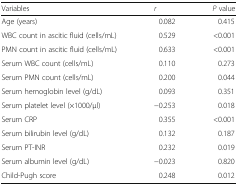
<table><thead><tr><td><b>Variables</b></td><td><b><i>r</i></b></td><td><b><i>P</i> value</b></td></tr></thead><tbody><tr><td>Age (years)</td><td>0.082</td><td>0.415</td></tr><tr><td>WBC count in ascitic fluid (cells/mL)</td><td>0.529</td><td>&lt;0.001</td></tr><tr><td>PMN count in ascitic fluid (cells/mL)</td><td>0.633</td><td>&lt;0.001</td></tr><tr><td>Serum WBC count (cells/mL)</td><td>0.110</td><td>0.273</td></tr><tr><td>Serum PMN count (cells/mL)</td><td>0.200</td><td>0.044</td></tr><tr><td>Serum hemoglobin level (g/dL)</td><td>0.093</td><td>0.351</td></tr><tr><td>Serum platelet level (×1000/μl)</td><td>−0.253</td><td>0.018</td></tr><tr><td>Serum CRP</td><td>0.355</td><td>&lt;0.001</td></tr><tr><td>Serum bilirubin level (g/dL)</td><td>0.132</td><td>0.187</td></tr><tr><td>Serum PT-INR</td><td>0.232</td><td>0.019</td></tr><tr><td>Serum albumin level (g/dL)</td><td>−0.023</td><td>0.820</td></tr><tr><td>Child-Pugh score</td><td>0.248</td><td>0.012</td></tr></tbody></table>